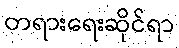
တရားရေးဆိုင်ရာ